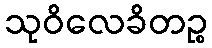
သုဝိလေခိတဉ္စ